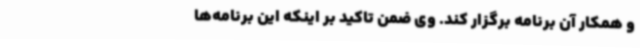
و همکار آن برنامه برگزار کند. وی ضمن تاکید بر اینکه این برنامه‌ها